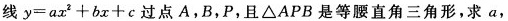
线 $$y = a x ^ { 2 } + b x + c$$ 过点A，B，P，且△APB是等腰直角三角形，求a，